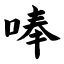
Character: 唪